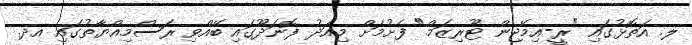
ލ. އަތޮޅުގައި "ރީ-އިމޭޖިން ޓޫރިޒަމް" ފެށުމަށް މިއަދު ފޮނަދޫގައި ބޭއްވި ރަސްމިއްޔާތުގައި އދ.